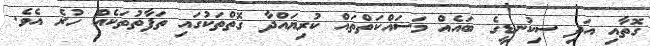
ގޮތާއި އަދި ސިކުނޑީގެ ބައެއް މަސައްކަތްތައް ކުރިޔައްދާ ގޮތްތަކުގައި ތަފާތުތަކެއް ހުރެ އެވެ.